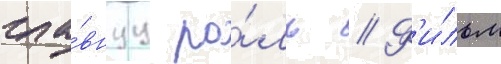
гла́внуу ро́ль // Ф'и́льм